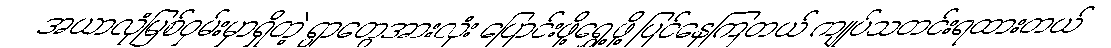
အယာလုံမြစ်ဝှမ်းမှာရှိတဲ့ ရွာတွေအားလုံး ပြောင်းဖို့ရွှေ့ဖို့ ပြင်နေကြတယ် ကျုပ်သတင်းရထားတယ်